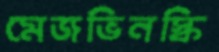
মেজভিনস্কি